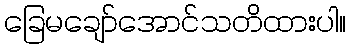
ခြေမချော်အောင်သတိထားပါ။